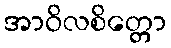
အာဝိလစိတ္တော